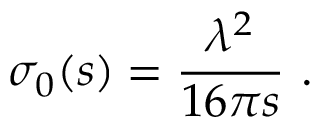
\sigma _ { 0 } ( s ) = \frac { \lambda ^ { 2 } } { 1 6 \pi s } \ .